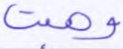
وهبت